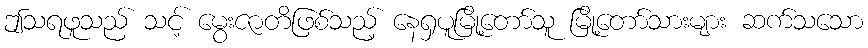
ဤသရဖူသည် သင့် မွေးဇာတိဖြစ်သည့် နေရှပူမြို့တော်သူ မြို့တော်သားများ ဆက်သသော